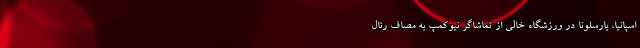
اسپانیا، بارسلونا در ورزشگاه خالی از تماشاگر نیوکمپ به مصاف رئال‌